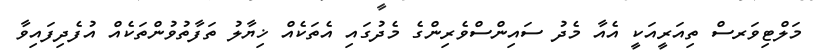
މަލްޓިވަރސް ތިއަރީއަކީ އެއާ މެދު ސައިންސްވެރިންގެ މެދުގައި އެތަކެއް ޚިޔާލު ތަފާތުވުންތަކެއް އުފެދިފައިވާ